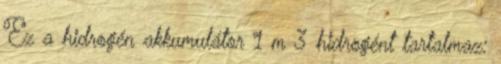
Ez a hidrogén akkumulátor 1 m 3 hidrogént tartalmaz: